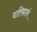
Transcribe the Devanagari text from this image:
दारिद्यानं